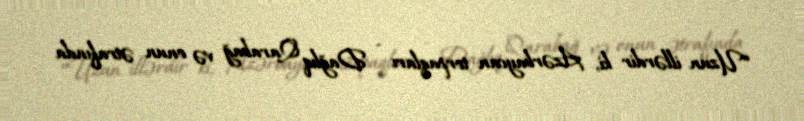
“Uzun illərdir ki, Azərbaycan torpaqları - Dağlıq Qarabağ və onun ətrafında